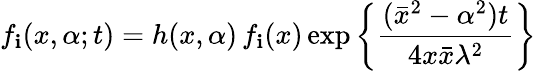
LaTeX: f_{\mathbf{i}}(x,\alpha;t)=h(x,\alpha)\, f_{\mathbf{i}}(x)\exp\left\{ \frac{{(\bar{{x}}^{2}-\alpha^{2})t}}{{4x\bar{{x}}\lambda^{2}}}\right\}